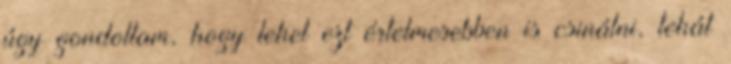
úgy gondoltam, hogy lehet ezt értelmesebben is csinálni, tehát